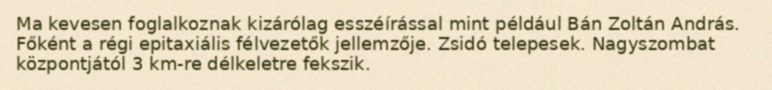
Ma kevesen foglalkoznak kizárólag esszéírással mint például Bán Zoltán András. Főként a régi epitaxiális félvezetők jellemzője. Zsidó telepesek. Nagyszombat központjától 3 km-re délkeletre fekszik.